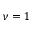
\nu = 1